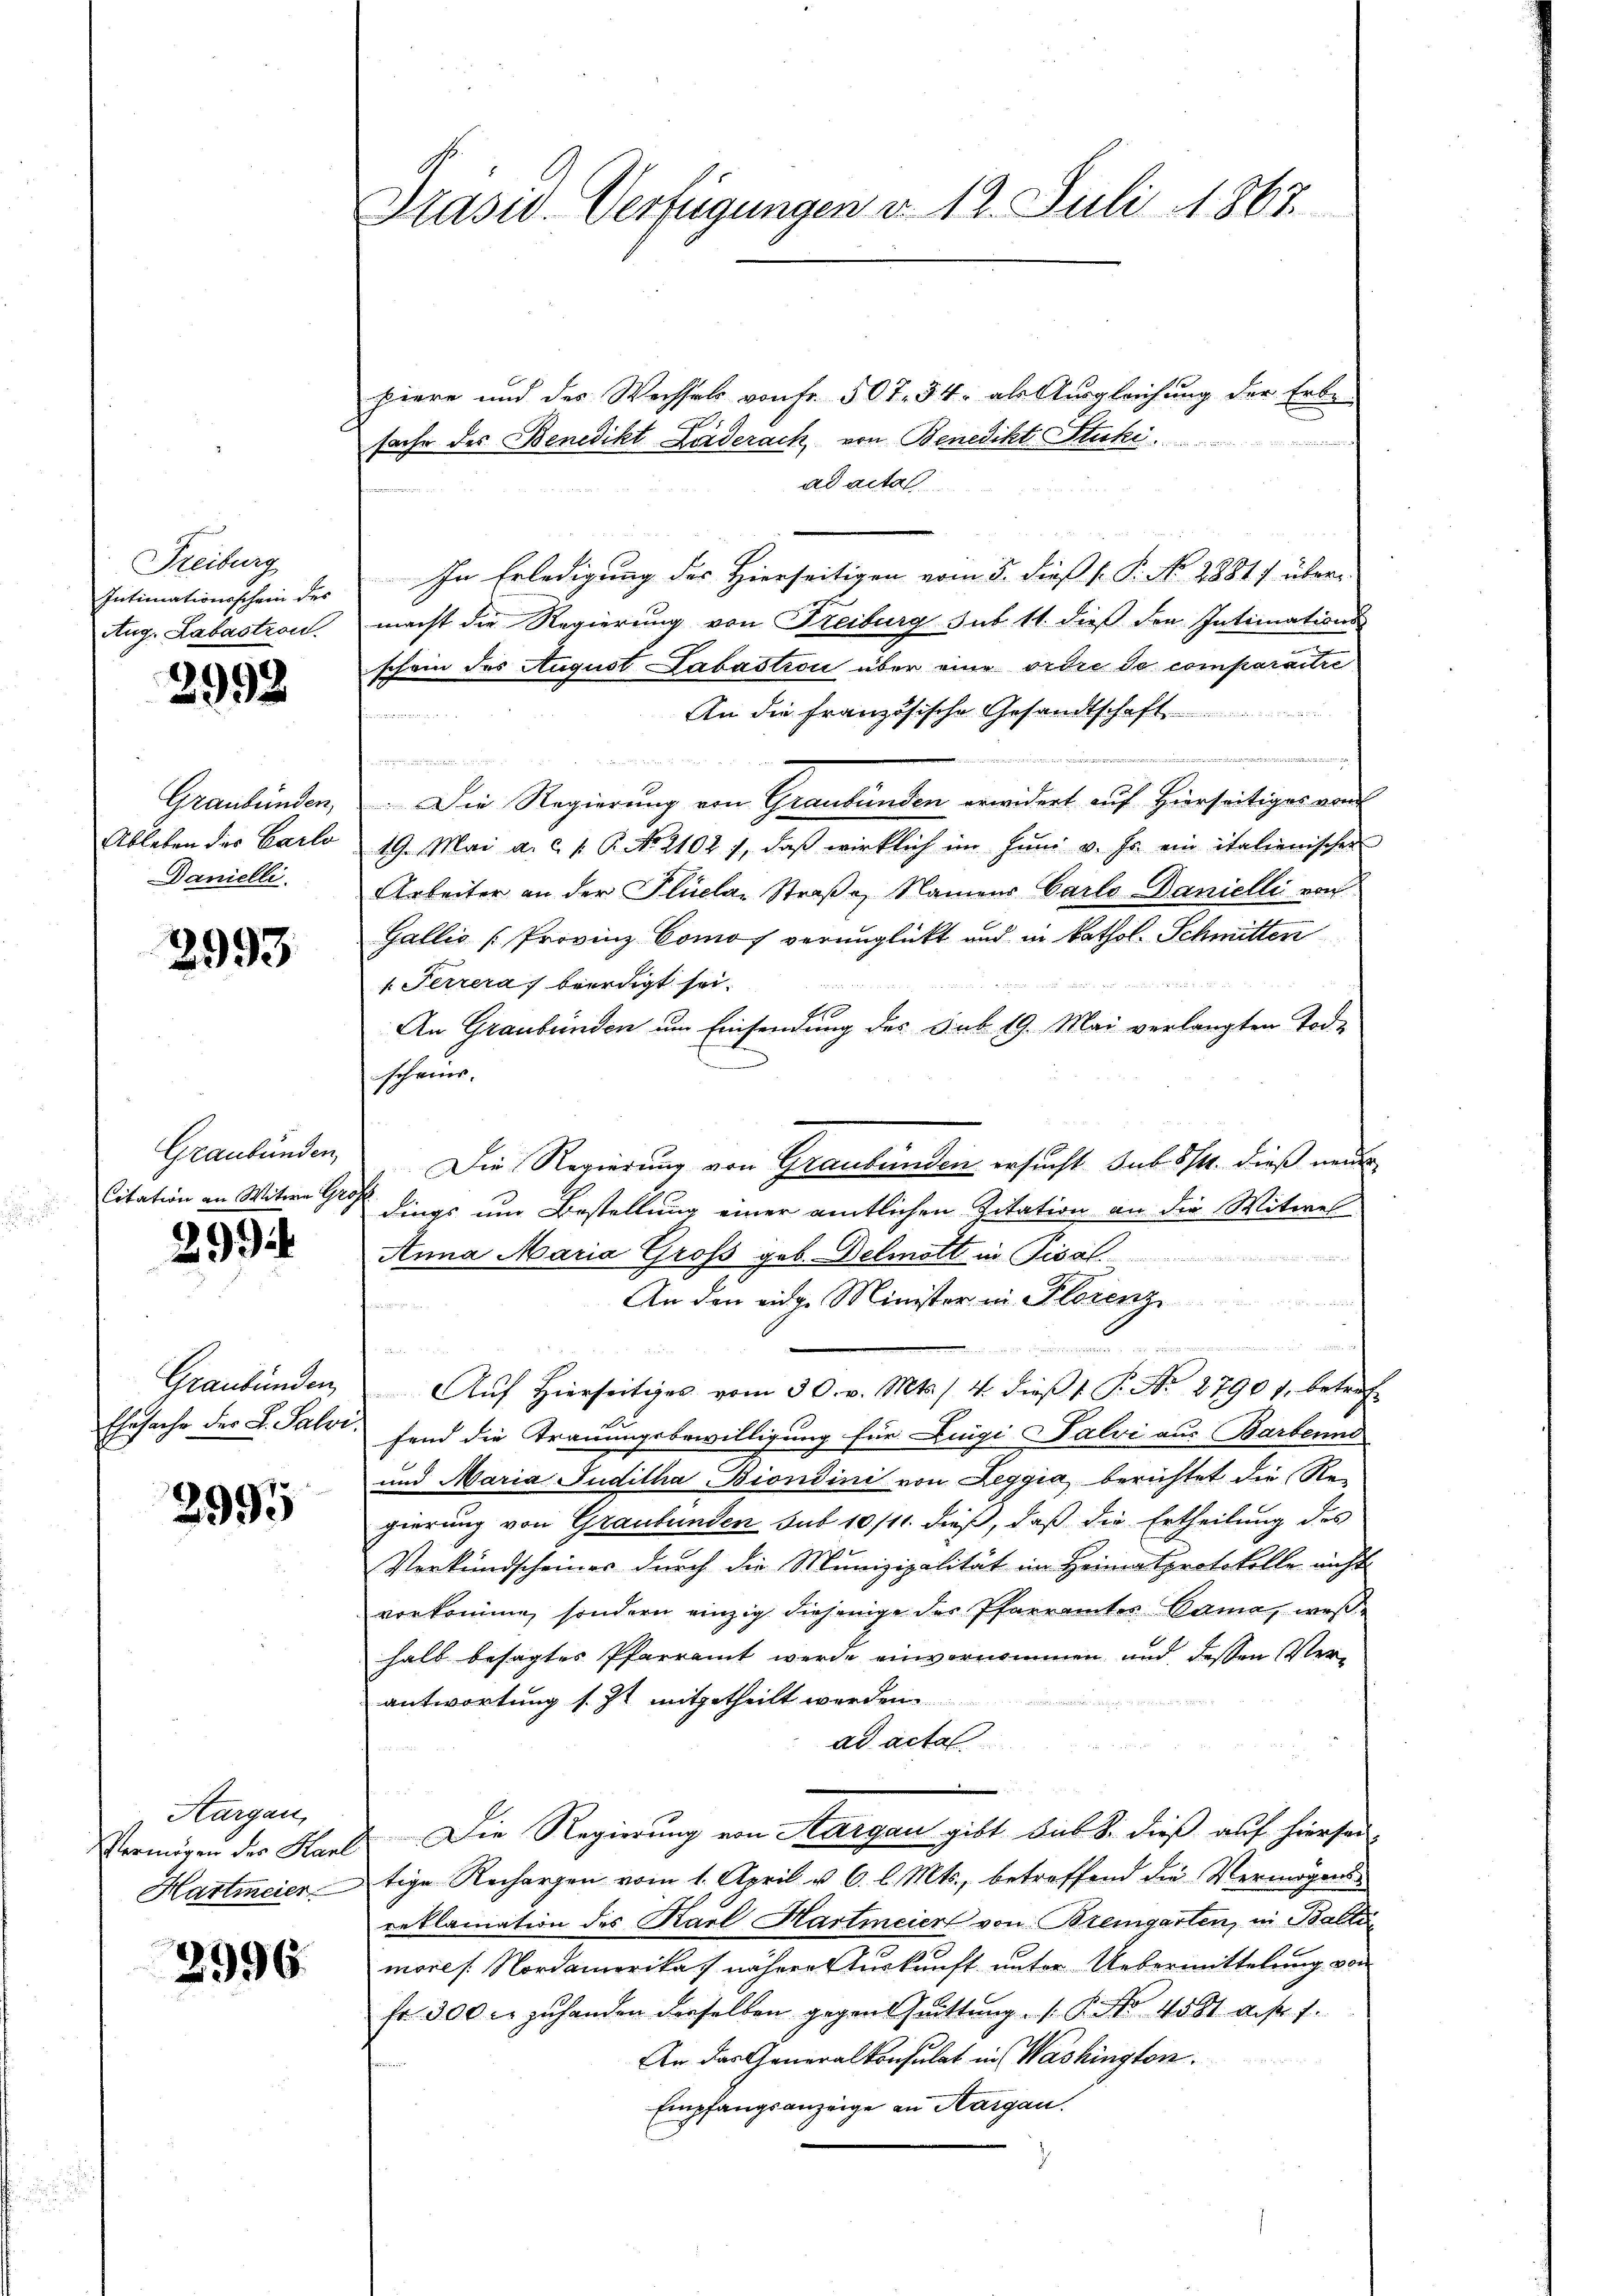
Freiburg
Intimationsschein des
Aug. Labastron.

2992

Graubünden,
Ableben der Carlo
Danielli

2993

Graubünden,

29

Graubünden,

2995

Aargau,
Hartmeier

2996.

Präsid. Verfügungen d. 12. Juli 1867.

piere und des Wechsels von Fr. 507. 34. als Ausgleichung der Erbe-
7
sache des Benedikt Lörderach von Benedikt Stucki.

ad acta
In Erledigung des Hierseitigen vom 5. dieß P. P. No. 2881/ über
macht die Regierung von Freiburg sub 11 dieß den Intimations-
schein des August Labastion über eine ordre de comparaitre
An die französische Gesandtschaft
hieinanderen ein
dite des der der einer
 ds anden und
e
Die Regierung von Graubünden erwidert auf Hierseitiges von
19. Mai a. c. v. P. No. 2102), daß wirklich im Juni v. Js. ein italienischen
Arbeiter an der Plucar Straße, Namens Carlo Danielli von
Gallis [Provinz Comof verunglückt und in kathol. Schmitten
242 n 1

1. Ferreras beerdigt sei.
10
An Graubünden um Einsendung des sub 19. Mai verlangten Todscheins.
Die Regierung von Graubünden ersucht sub 5/4. dieß neuer
Citation an Witwe dings um Bestellung einer amtlichen Zitation an die Witwes
Anna Maria Gross geb. Delmatt in Pisal
An den eidge Minister in Florenz

ude einen und

Aŭf Hierseitiges vom 30. v. Mts. / 4. dieβ 1. P. Nr. 2790 f. betref-
Ehrsache der L. Sali, fand die Trauungsbewilligung für Luigi Salvi aus Barbenne
und Maria Juditha Biondini von Leggia berichtet die Re-
gierung von Graubünden sub 10/11 dieß, daß die Ertheilung des
Verkundscheines durch die Munizipalität im Heima Sprotokolle nicht
vorkomme, sondern einzig diejenige der Pfarramtes Cama, weßhalb besagtes Pfarramt werde einvernommen und deßen Verantwortung s. Zt. mitgetheilt werden.
ad acta
e
Vermögen der Karl Die Regierung von Aargau gibt sub S. dieß auf hiersei
tige Rechargen vom 1. April u. 6. l. Mts., betreffend die Vermögensreklamation des Karl Hartmeier von Bremgarten, in Balten
more / Nordamerika) nähere Auskunft unter Uebermittelung von
fr. 300 r. zu handen derselben gegens huittung. P. No 4581 des 7.
An das Generalkonsulat in Washington.
Empfangsanzeige an Aargau.